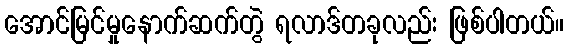
အောင်မြင်မှုနောက်ဆက်တွဲ ရလာဒ်တခုလည်း ဖြစ်ပါတယ်။